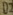
Text: D2